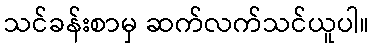
သင်ခန်းစာမှ ဆက်လက်သင်ယူပါ။